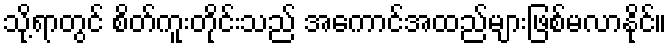
သို့ရာတွင် စိတ်ကူးတိုင်းသည် အကောင်အထည်များဖြစ်မလာနိုင်။